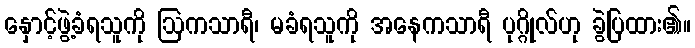
နှောင့်ဖွဲ့ခံရသူကို ဩကသာရီ၊ မခံရသူကို အနေကသာရီ ပုဂ္ဂိုလ်ဟု ခွဲပြထား၏။